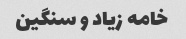
خامه زیاد و سنگین